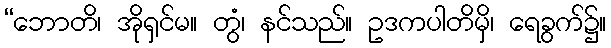
“ဘောတိ၊ အိုရှင်မ။ တွံ၊ နင်သည်။ ဥဒကပါတိမှိ၊ ရေခွက်၌။